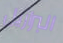
البرازيل